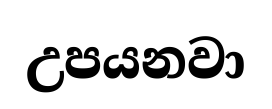
උපයනවා